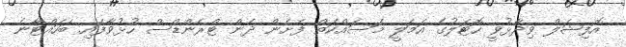
އޮފިޝަލް ވިދާޅުވީ ހޮޓަލުގެ އަމަލީ މަސައްކަތް ފެށެން ދެން ޓްރެންޑްސް ހުޅުވާފައި ބަހައްޓާނެ